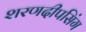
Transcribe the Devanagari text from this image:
शरणदीपसिंग